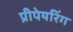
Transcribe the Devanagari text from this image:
प्रीपेयरिंग